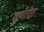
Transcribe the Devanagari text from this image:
तुर्यातीत